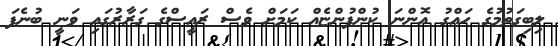
ލިބިގަތުމުގެ ހައްގު އޮންނަ ކުންފުންޏެއް ކަމަަށް ވެސް ރައީސްގެ ގަރާރުގައި ވަނީ ބުނެފަ